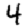
Digit: 4